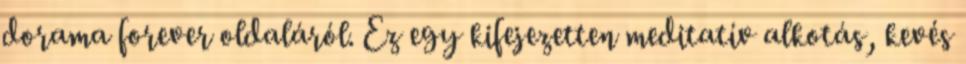
dorama forever oldaláról. Ez egy kifejezetten meditatív alkotás, kevés